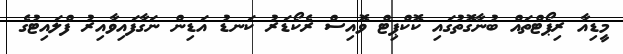
މީޑިއާ ރިޕޯޓްތައް ބުނާގޮތުގައި ކޮކްޕިޓް ވޮއިސް ރެކޯޑަރު ކަނޑު އަޑިން ނަގާފައިވާއިރު ފްލައިޓުގެ